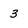
Character: 3